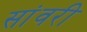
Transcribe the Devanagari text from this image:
सांवरी